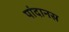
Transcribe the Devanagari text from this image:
पांदानस